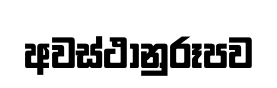
අවස්ථානුරූපව